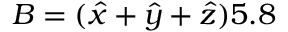
\boldsymbol { B } = ( \hat { x } + \hat { y } + \hat { z } ) 5 . 8